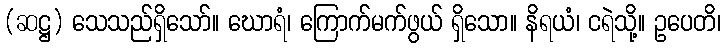
(ဆဋ္ဌ) သေသည်ရှိသော်။ ဃောရံ၊ ကြောက်မက်ဖွယ် ရှိသော။ နိရယံ၊ ငရဲသို့။ ဥပေတိ၊